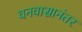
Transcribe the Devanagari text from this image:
वनवासानंतर